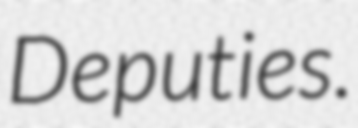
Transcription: Deputies.